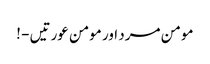
مومن مرد اور مومن عورتیں - !